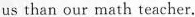
us than our math teacher.